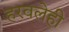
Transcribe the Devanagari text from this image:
हरवलेही